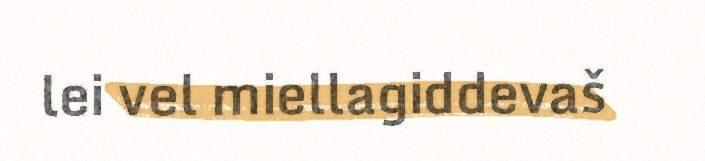
lei vel miellagiddevaš